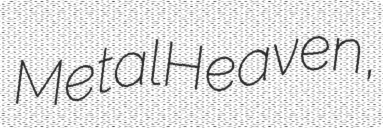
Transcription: Metal Heaven,